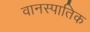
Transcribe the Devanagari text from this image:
वानस्पातिक